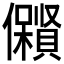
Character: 𱏟